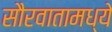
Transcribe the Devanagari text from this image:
सौरवातामध्ये